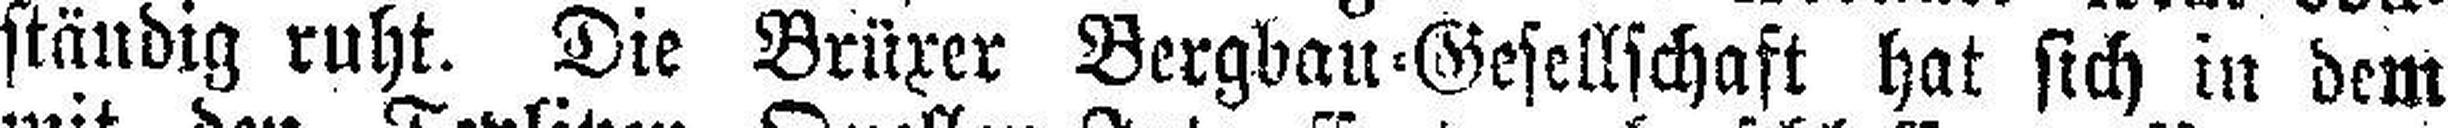
ständig ruht. Die Brüxer Bergbau=Gesellschaft hat sich in dem